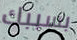
بسببك